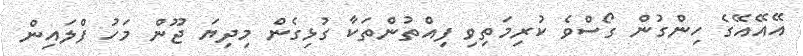
އޭއޭއޭގެ ހިންގުން ގޯސްވެ ކުރިމަތިވި ފިއްތުންތަކާ ގުޅިގެން މިދިޔަ ޖޫން މަހު ފްލައިން